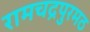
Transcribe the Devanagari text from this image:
रामचद्रपुरमठ